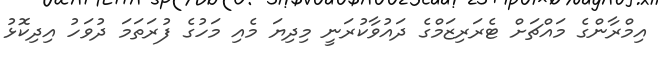
އިމްރާންގެ މައްޗަށް ޓެރަރިޒަމްގެ ދައުވާކުރަނީ މިދިޔަ މެއި މަހުގެ ފުރަތަމަ ދުވަހު އިދިކޮޅު